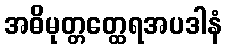
အဓိမုတ္တတ္ထေရအပဒါနံ